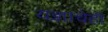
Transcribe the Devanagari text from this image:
यज्ञाचेही